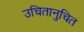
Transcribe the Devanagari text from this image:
उचितानुचित